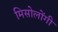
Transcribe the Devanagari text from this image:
मिसोलोंगी